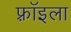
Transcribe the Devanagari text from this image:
फ़्रॉइला